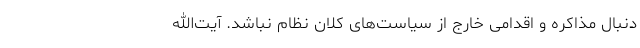
دنبال مذاکره و اقدامی خارج از سیاست‌های کلان نظام نباشد. آیت‌الله